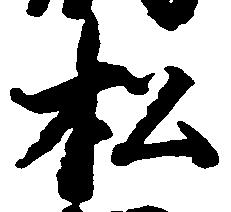
松